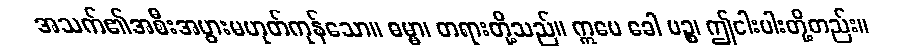
အသက်၏အစီးအပွားမဟုတ်ကုန်သော။ ဓမ္မာ၊ တရားတို့သည်။ ဣမေ ခေါ ပဉ္စ၊ ဤငါးပါးတို့တည်း။